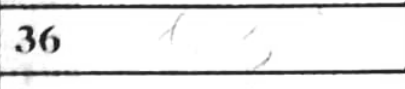
Transcription: h3